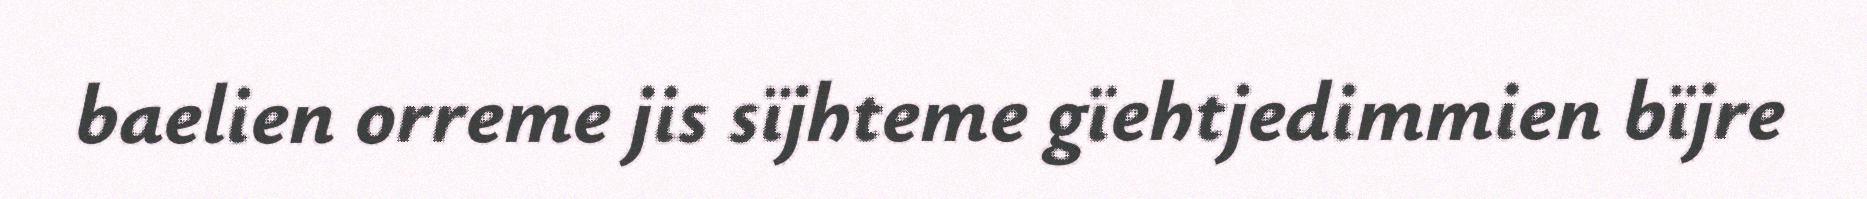
baelien orreme jis sïjhteme gïehtjedimmien bïjre